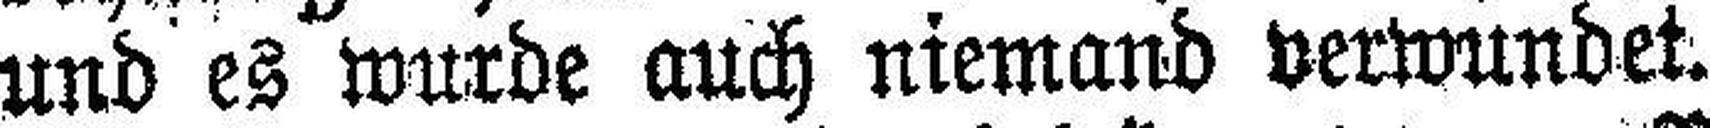
und es wurde auch niemand verwundet.